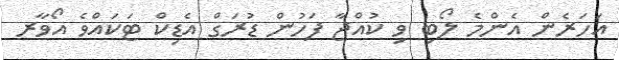
އަހަރެން އެންމެ ލޯބި ވި ކުއްޖާ ފަހުން ޑުރަގް އެޑިކް ޓަކައްވެ އޯވާރ